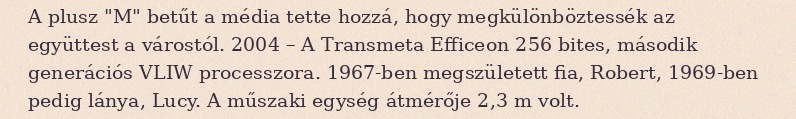
A plusz "M" betűt a média tette hozzá, hogy megkülönböztessék az együttest a várostól. 2004 – A Transmeta Efficeon 256 bites, második generációs VLIW processzora. 1967-ben megszületett fia, Robert, 1969-ben pedig lánya, Lucy. A műszaki egység átmérője 2,3 m volt.